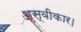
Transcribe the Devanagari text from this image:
अस्वीकार।